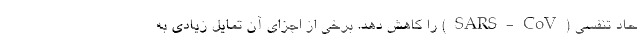
حاد تنفسی (SARS-CoV) را کاهش دهد. برخی از اجزای آن تمایل زیادی به